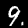
Label: 9